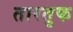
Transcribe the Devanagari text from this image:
तारतुफ